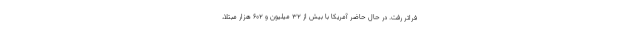
فراتر رفت. در حال حاضر آمریکا با بیش از ۳۲ میلیون و ۶۰۲ هزار مبتلا،